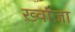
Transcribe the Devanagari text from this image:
ख़्वाज़ा